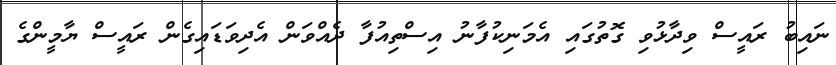
ނައިބު ރައީސް ވިދާޅުވި ގޮތުގައި އެމަނިކުފާނު އިސްތިއުފާ ދެއްވަން އެދިވަޑައިގެން ރައީސް ޔާމީންގެ